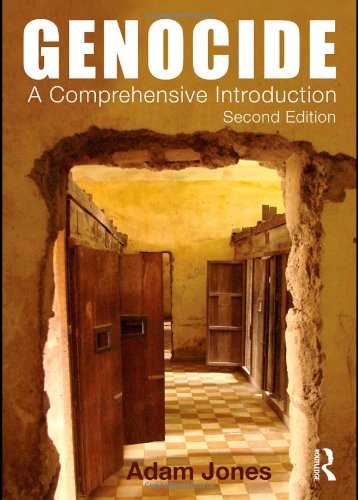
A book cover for Genocide: A Comprehensive Introduction; Adam Jones; Politics & Social Sciences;